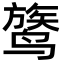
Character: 𬸦